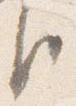
臣